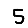
Digit: 5